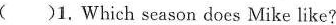
()1. Which season docs Mike like?